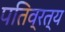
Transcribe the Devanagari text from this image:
पतिव्रत्य